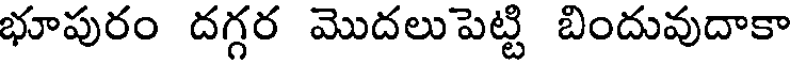
భూపురం దగ్గర మొదలుపెట్టి బిందువుదాకా